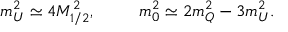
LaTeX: m _ { U } ^ { 2 } \simeq 4 M _ { 1 / 2 } ^ { 2 } , \; \; \; \; \; \; \; \; \; m _ { 0 } ^ { 2 } \simeq 2 m _ { Q } ^ { 2 } - 3 m _ { U } ^ { 2 } .